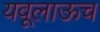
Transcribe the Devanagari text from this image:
यवूलाऊच